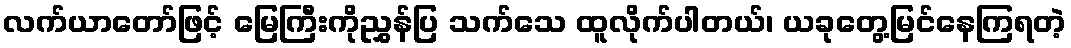
လက်ယာတော်ဖြင့် မြေကြီးကိုညွှန်ပြ သက်သေ ထူလိုက်ပါတယ်၊ ယခုတွေ့မြင်နေကြရတဲ့